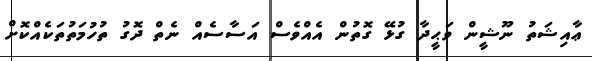
ޢާއިޝަތު ނޫޝީން ވަޙީދާ ގުޅޭ ގޮތުން އެއްވެސް އަސާސެއް ނެތް ދޮގު ތުހުމަތުތަކެއްކޮށް